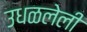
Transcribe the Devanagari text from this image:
उधळलेली